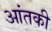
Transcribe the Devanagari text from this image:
आंतकी